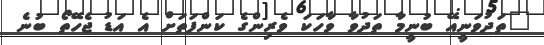
"ތަދުވަނީއޭ ބުނީމާ ތަދުވާ ވާހަކަ ވެރިންގެ ކަންފަތަށް އެ އަޑު ޖެހޭތޯ ބުނެ